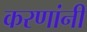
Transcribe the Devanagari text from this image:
करणांनी